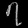
Digit: ၇